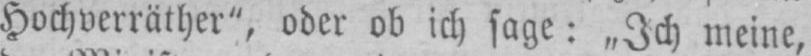
Hochverräther“, oder ob ich sage: „Ich meine,